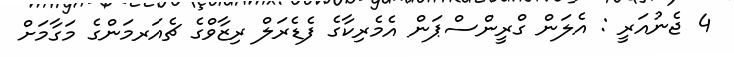
4 ޖެނުއަރީ : އެލަން ގްރީންސްޕަން އެމެރިކާގެ ފެޑެރަލް ރިޒާވްގެ ޗެއަރމަންގެ މަގާމަށް